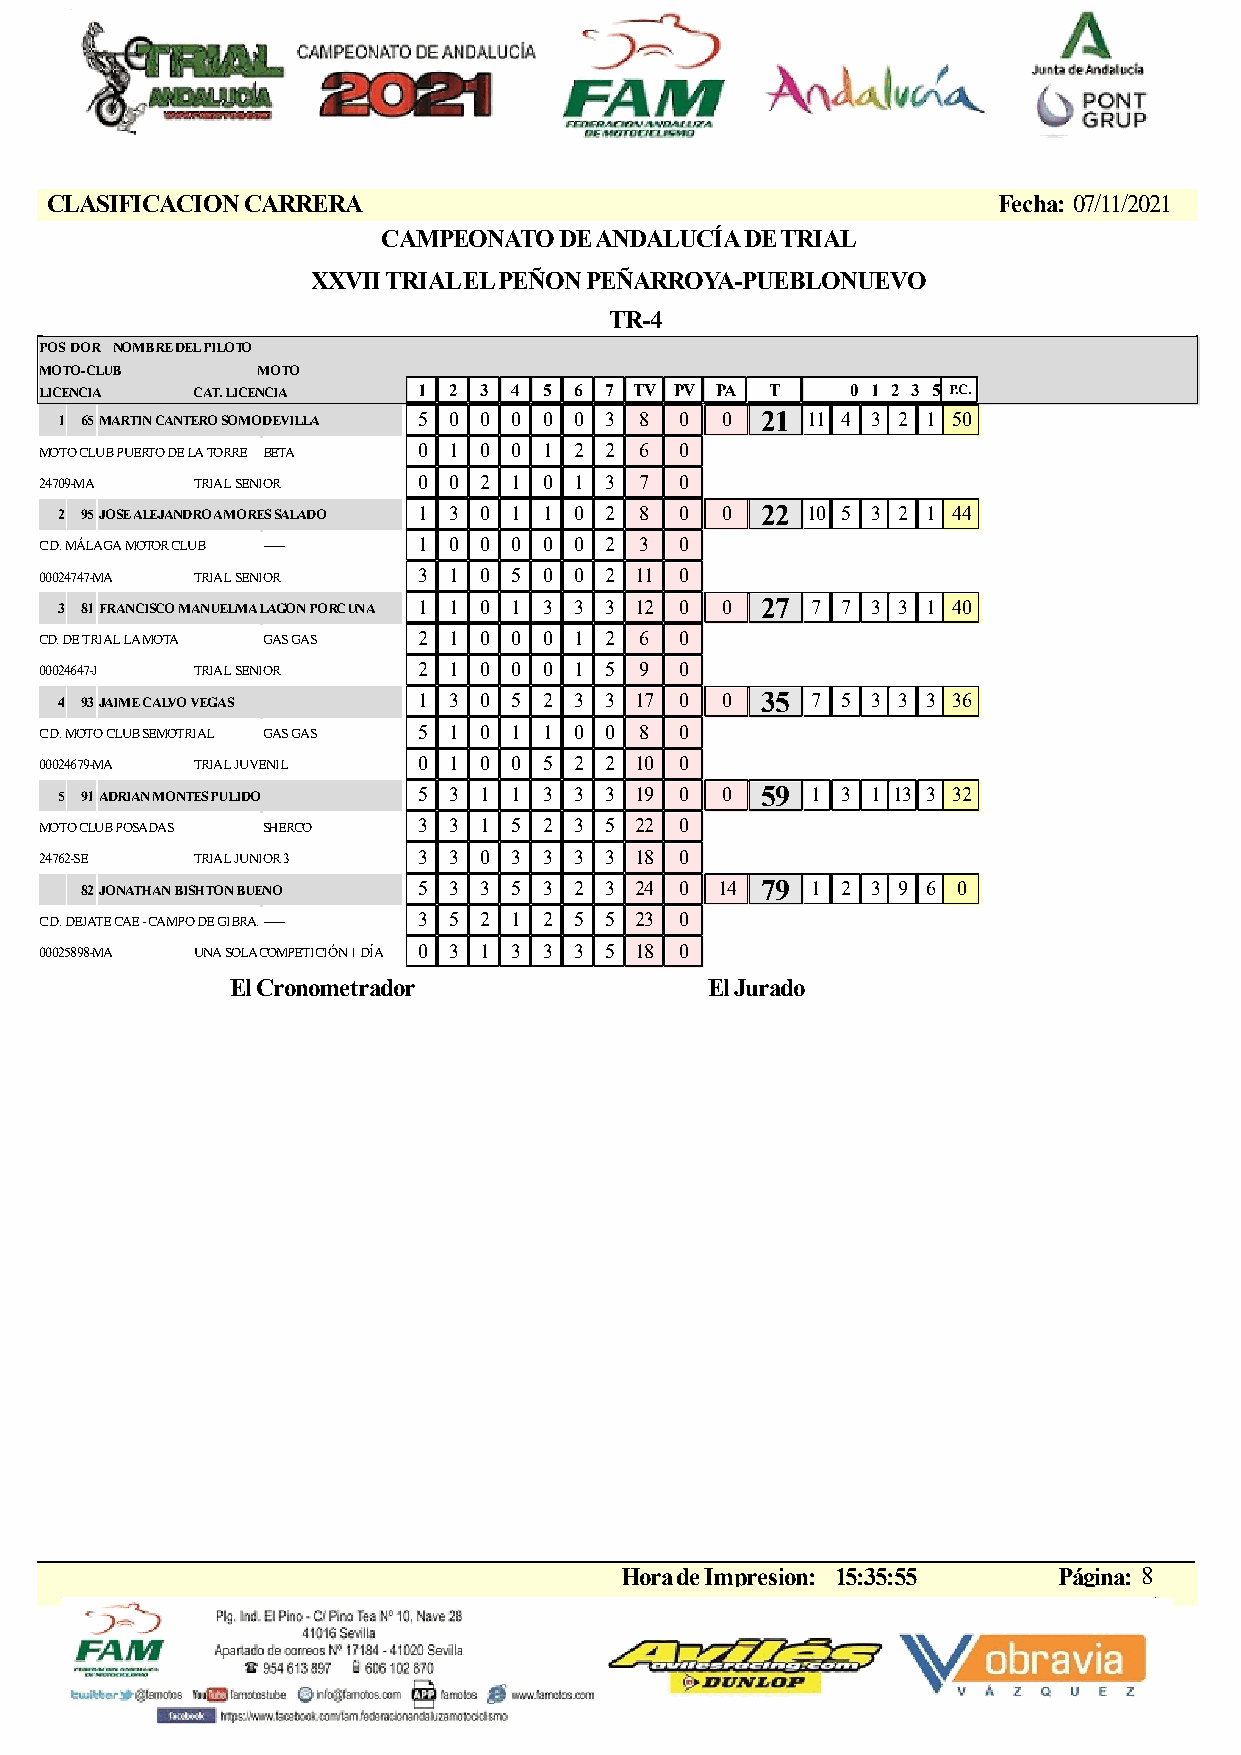
CLASIFICACION CARRERA                                          Fecha: 07/11/2021
 CAMPEONATO  DE ANDALUCÍA DE TRIAL
 XXVII TRIAL EL PEÑON PEÑARROYA-PUEBLONUEVO
 TR-4
 POSDOR NOMBRE DEL PILOTO
 MOTO-CLUB     MOTO
 LICENCIA  CAT. LICENCIA  1 2 3 4 5 6 7 TV PV PA T    0 1 2 3 5 P.C.
 1 65MARTIN CANTERO SOMODEVILLA 5 0 0 0 0 0 3 8 0 0 21 11 4 3 2 1 50
 MOTO CLUB PUERTO DE LA TORRE BETA 0 1 0 0 1 2 2 6 0
 24709-MA  TRIAL SENIOR   0 0 2 1 0 1 3 7  0
 2 95JOSE ALEJANDRO AMORES SALADO 1 3 0 1 1 0 2 8 0 0 22 10 5 3 2 1 44
 C.D. MÁLAGA MOTOR CLUB ------- 1 0 0 0 0 0 2 3 0
 00024747-MA TRIAL SENIOR 3 1 0 5 0 0 2 11 0
 3 81FRANCISCO MANUEL MALAGON PORCUNA 1 1 0 1 3 3 3 12 0 0 27 7 7 3 3 1 40
 CD. DE TRIAL LA MOTA GAS GAS 2 1 0 0 0 1 2 6 0
 00024647-J TRIAL SENIOR  2 1 0 0 0 1 5 9  0
 4 93JAIME CALVO VEGAS   1 3 0 5 2 3 3 17 0  0 35  7 5 3 3 3 36
 C.D. MOTO CLUB SEMOTRIAL GAS GAS 5 1 0 1 1 0 0 8 0
 00024679-MA TRIAL JUVENIL 0 1 0 0 5 2 2 10 0
 5 91ADRIAN MONTES PULIDO 5 3 1 1 3 3 3 19 0 0 59  1 3 1 13 3 32
 MOTO CLUB POSADAS SHERCO 3 3 1 5 2 3 5 22 0
 24762-SE  TRIAL JUNIOR 3 3 3 0 3 3 3 3 18 0
 82JONATHAN BISHTON BUENO 5 3 3 5 3 2 3 24 0 14 79 1 2 3 9 6 0
 C.D. DEJATE CAE - CAMPO DE GIBRALT---A---- 3 5 2 1 2 5 5 23 0
 00025898-MA UNA SOLA COMPETICIÓN 1 DÍA 0 3 1 3 3 3 5 18 0
 El Cronometrador                El Jurado
 Hora de Impresion: 15:35:55  Página: 8